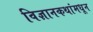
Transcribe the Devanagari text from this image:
विज्ञानकथांमधून